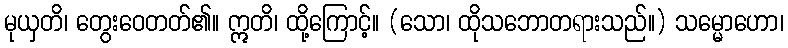
မုယှတိ၊ တွေးဝေတတ်၏။ ဣတိ၊ ထို့ကြောင့်။ (သော၊ ထိုသဘောတရားသည်။) သမ္မောဟော၊